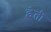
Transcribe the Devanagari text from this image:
इेती